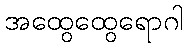
အထွေထွေရောဂါ